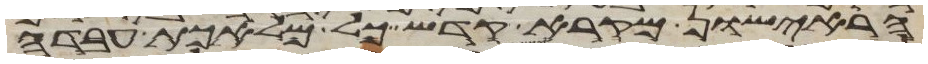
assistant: הראישון מקרא קדש כל מלאכת עבדה